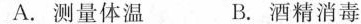
A.测量体温 B.酒精消毒